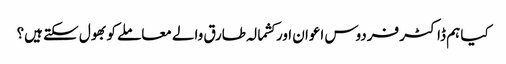
کیا ہم ڈاکٹر فردوس اعوان اور کشمالہ طارق والے معاملے کو بھول سکتے ہیں؟